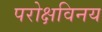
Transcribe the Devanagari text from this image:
परोक्षविनय